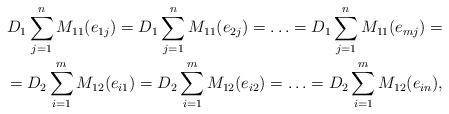
LaTeX: \begin{align*} D_1 \sum_{j=1}^n M_{11}(e_{1j}) = D_1 \sum_{j=1}^n M_{11}(e_{2j}) = \ldots = D_1 \sum_{j=1}^n M_{11}(e_{mj})= \\ = D_2 \sum_{i=1}^m M_{12}(e_{i1}) = D_2 \sum_{i=1}^m M_{12}(e_{i2}) = \ldots = D_2 \sum_{i=1}^m M_{12}(e_{in}), \end{align*}